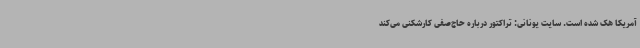
آمریکا هک شده است. سایت یونانی: تراکتور درباره حاج‌صفی کارشکنی می‌کند